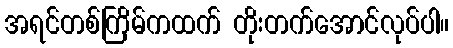
အရင်တစ်ကြိမ်ကထက် တိုးတက်အောင်လုပ်ပါ။